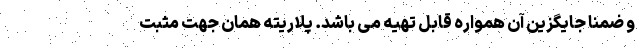
و ضمنا جایگزین آن همواره قابل تهیه می باشد. پلاریته همان جهت مثبت